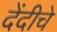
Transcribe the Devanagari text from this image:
देंदीचे